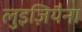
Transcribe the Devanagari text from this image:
लुइज़ियैना